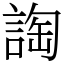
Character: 䛬